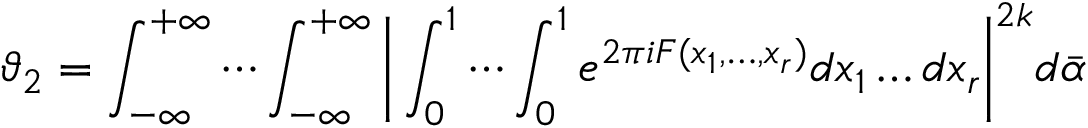
\vartheta _ { 2 } = \int _ { - \infty } ^ { + \infty } \cdots \int _ { - \infty } ^ { + \infty } { \biggl | } \int _ { 0 } ^ { 1 } \cdots \int _ { 0 } ^ { 1 } e ^ { 2 \pi i F ( x _ { 1 } , \ldots , x _ { r } ) } d x _ { 1 } \ldots d x _ { r } { \biggr | } ^ { 2 k } d { \bar { \alpha } }